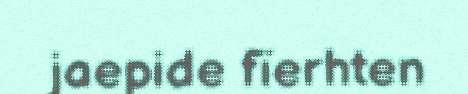
jaepide fïerhten